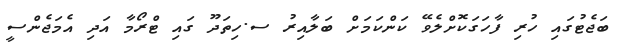
ބަޖެޓުގައި ހުރި ފާހަގަކޮށްލެވޭ ކަންކަމަށް ބަލާއިރު ސ.ހިތަދޫ ގައި ޓްރޯމާ އަދި އެމަޖެންސީ